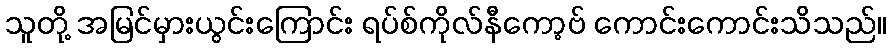
သူတို့ အမြင်မှားယွင်းကြောင်း ရပ်စ်ကိုလ်နီကော့ဗ် ကောင်းကောင်းသိသည်။